Annual report of the Punjab Veterinary College and of the Civil Veterinary Department, Punjab - 1909-1919
Year: 1909
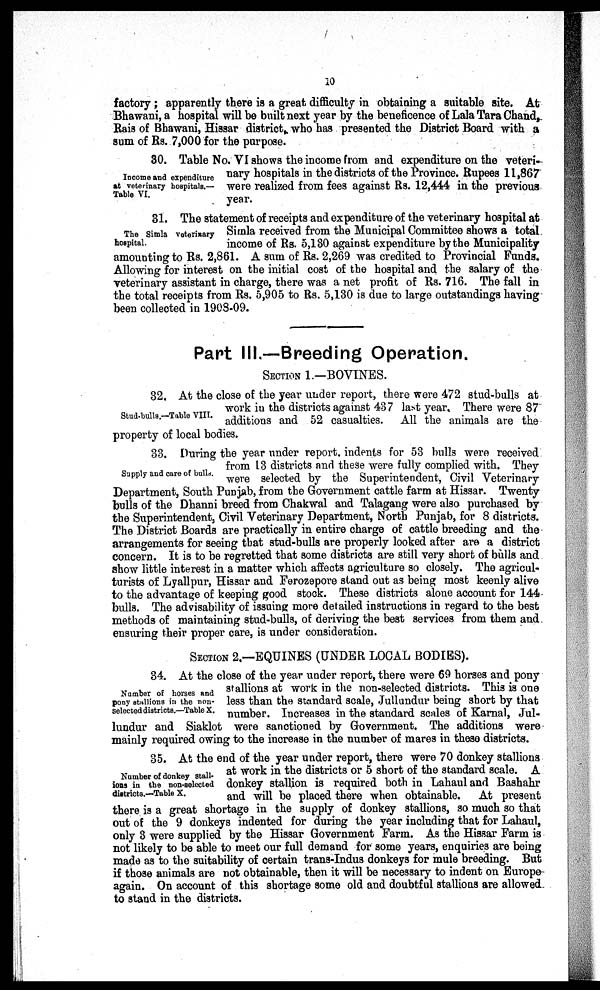
10
factory; apparently there is a great difficulty in obtaining a suitable site. At
Bhawani, a hospital will be built next year by the beneficence of Lala Tara Chand,
Rais of Bhawani, Hissar district, who has presented the District Board with a
sum of Rs. 7,000 for the purpose.
Income and expenditure
at veterinary hospitals.—
Table VI.
30. Table No. VI shows the income from and expenditure on the veteri-
nary hospitals in the districts of the Province. Rupees 11,867
were realized from fees against Rs. 12,444 in the previous
year.
The Simla veterinary
hospital.
31. The statement of receipts and expenditure of the veterinary hospital at
Simla received from the Municipal Committee shows a total
income of Rs. 5,130 against expenditure by the Municipality
amounting to Rs. 2,861. A sum of Rs. 2,269 was credited to Provincial Funds.
Allowing for interest on the initial cost of the hospital and the salary of the
veterinary assistant in charge, there was a net profit of Rs. 716. The fall in
the total receipts from Rs. 5,905 to Rs. 5,130 is due to large outstandings having
been collected in 1908-09.
Part III.—Breeding Operation.
SECTION 1.—BOVINES.
Stud-bulls.—Table VIII.
32. At the close of the year under report, there were 472 stud-bulls at
work in the districts against 437 last year. There were 87
additions and 52 casualties. All the animals are the
property of local bodies.
Supply and care of bulls.
33. During the year under report, indents for 53 bulls were received
from 13 districts and these were fully complied with. They
were selected by the Superintendent, Civil Veterinary
Department, South Punjab, from the Government cattle farm at Hissar. Twenty
bulls of the Dhanni breed from Chakwal and Talagang were also purchased by
the Superintendent. Civil Veterinary Department, North Punjab, for 8 districts.
The District Boards are practically in entire charge of cattle breeding and the
arrangements for seeing that stud-bulls are properly looked after are a district
concern. It is to be regretted that some districts are still very short of bulls and
show little interest in a matter which affects agriculture so closely. The agricul-
turists of Lyallpur, Hissar and Ferozepore stand out as being most keenly alive
to the advantage of keeping good stock. These districts alone account for 144
bulls. The advisability of issuing more detailed instructions in regard to the best
methods of maintaining stud-bulls, of deriving the best services from them and
ensuring their proper care, is under consideration.
SECTION 2.—EQUINES (UNDER LOCAL BODIES).
Number of horses and
pony stallions in the non¬
selected districts.—Table X.
34. At the close of the year under report, there were 69 horses and pony
stallions at work in the non-selected districts. This is one
less than the standard scale, Jullundur being short by that
number. Increases in the standard scales of Karnal, Jul-
lundur and Siaklot were sanctioned by Government. The additions were
mainly required owing to the increase in the number of mares in these districts.
Number of donkey stall-
ions in the non-selected
districts.—Table X.
35. At the end of the year under report, there were 70 donkey stallions
at work in the districts or 5 short of the standard scale. A
donkey stallion is required both in Lahaul and Bashahr
and will be placed there when obtainable.
At present
there is a great shortage in the supply of donkey stallions, so much so that
out of the 9 donkeys indented for during the year including that for Lahaul,
only 3 were supplied by the Hissar Government Farm. As the Hissar Farm is
not likely to be able to meet our full demand for some years, enquiries are being
made as to the suitability of certain trans-Indus donkeys for mule breeding. But
if those animals are not obtainable, then it will be necessary to indent on Europe
again. On account of this shortage some old and doubtful stallions are allowed
to stand in the districts.